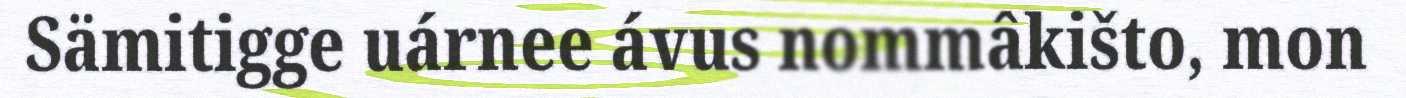
Sämitigge uárnee ávus nommâkišto, mon